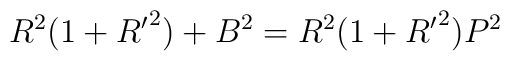
R^2(1+{R^{\prime}}^2)+B^2=R^2(1+{R^{\prime}}^2)P^2